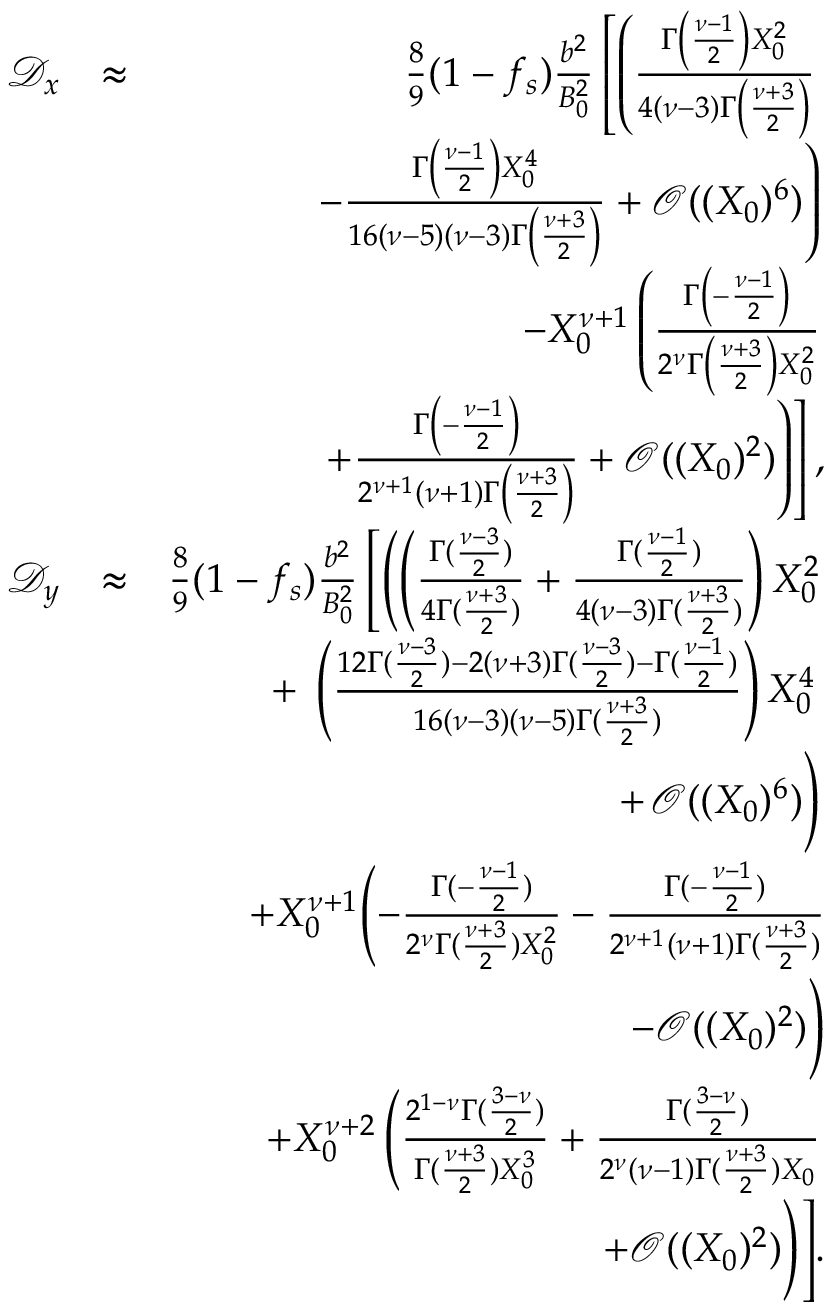
\begin{array} { r l r } { \mathcal { D } _ { x } } & { \approx } & { \frac { 8 } { 9 } ( 1 - f _ { s } ) \frac { b ^ { 2 } } { B _ { 0 } ^ { 2 } } \left[ \left( \frac { \Gamma \left( \frac { \nu - 1 } { 2 } \right) X _ { 0 } ^ { 2 } } { 4 ( \nu - 3 ) \Gamma \left( \frac { \nu + 3 } { 2 } \right) } \right. \right. } \\ & { } & { \left. \left. \mathrm { - } \frac { \Gamma \left( \frac { \nu - 1 } { 2 } \right) X _ { 0 } ^ { 4 } } { 1 6 ( \nu - 5 ) ( \nu - 3 ) \Gamma \left( \frac { \nu + 3 } { 2 } \right) } + \mathcal { O } ( ( X _ { 0 } ) ^ { 6 } ) \right) \right. } \\ & { } & { \mathrm { - } X _ { 0 } ^ { \nu + 1 } \left( \frac { \Gamma \left( - \frac { \nu - 1 } { 2 } \right) } { 2 ^ { \nu } \Gamma \left( \frac { \nu + 3 } { 2 } \right) X _ { 0 } ^ { 2 } } \right. } \\ & { } & { \left. \left. \mathrm { + } \frac { \Gamma \left( - \frac { \nu - 1 } { 2 } \right) } { 2 ^ { \nu + 1 } ( \nu + 1 ) \Gamma \left( \frac { \nu + 3 } { 2 } \right) } + \mathcal { O } ( ( X _ { 0 } ) ^ { 2 } ) \right) \right] , } \\ { \mathcal { D } _ { y } } & { \approx } & { \frac { 8 } { 9 } ( 1 - f _ { s } ) \frac { b ^ { 2 } } { B _ { 0 } ^ { 2 } } \left[ \Biggl ( \left( \frac { \Gamma ( \frac { \nu - 3 } { 2 } ) } { 4 \Gamma ( \frac { \nu + 3 } { 2 } ) } + \frac { \Gamma ( \frac { \nu - 1 } { 2 } ) } { 4 ( \nu - 3 ) \Gamma ( \frac { \nu + 3 } { 2 } ) } \right) X _ { 0 } ^ { 2 } \right. \Biggr . } \\ & { } & { + \left. \left. \left( \frac { 1 2 \Gamma ( \frac { \nu - 3 } { 2 } ) - 2 ( \nu + 3 ) \Gamma ( \frac { \nu - 3 } { 2 } ) - \Gamma ( \frac { \nu - 1 } { 2 } ) } { 1 6 ( \nu - 3 ) ( \nu - 5 ) \Gamma ( \frac { \nu + 3 } { 2 } ) } \right) X _ { 0 } ^ { 4 } \right. \right. } \\ & { } & { + \Biggl . \left. \mathcal { O } ( ( X _ { 0 } ) ^ { 6 } ) \Biggr ) \right. } \\ & { } & { + X _ { 0 } ^ { \nu + 1 } \Biggl ( - \frac { \Gamma ( - \frac { \nu - 1 } { 2 } ) } { 2 ^ { \nu } \Gamma ( \frac { \nu + 3 } { 2 } ) X _ { 0 } ^ { 2 } } - \frac { \Gamma ( - \frac { \nu - 1 } { 2 } ) } { 2 ^ { \nu + 1 } ( \nu + 1 ) \Gamma ( \frac { \nu + 3 } { 2 } ) } \Biggr . } \\ & { } & { - \Biggl . \mathcal { O } ( ( X _ { 0 } ) ^ { 2 } ) \Biggr ) } \\ & { } & { + X _ { 0 } ^ { \nu + 2 } \left( \frac { 2 ^ { 1 - \nu } \Gamma ( \frac { 3 - \nu } { 2 } ) } { \Gamma ( \frac { \nu + 3 } { 2 } ) X _ { 0 } ^ { 3 } } + \frac { \Gamma ( \frac { 3 - \nu } { 2 } ) } { 2 ^ { \nu } ( \nu - 1 ) \Gamma ( \frac { \nu + 3 } { 2 } ) X _ { 0 } } \right. } \\ & { } & { + \Biggl . \Biggl . \mathcal { O } ( ( X _ { 0 } ) ^ { 2 } ) \Biggr ) \Biggr ] . } \end{array}